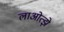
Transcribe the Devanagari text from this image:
लाओत्झे